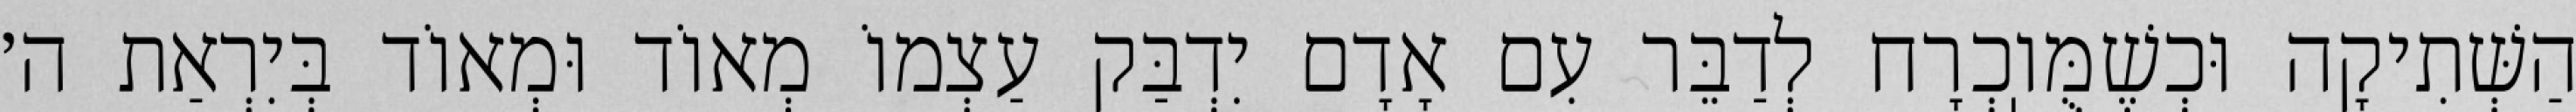
הַשְּׁתִיקָה וּכְשֶׁמֻּוֽכְרָח לְדַבֵּר עִם אָדָם יִדְבַּק עַצְמוֹ מְאוֹד וּמְאוֹד בְּיִרְאַת ה׳